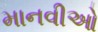
માનવીઓ